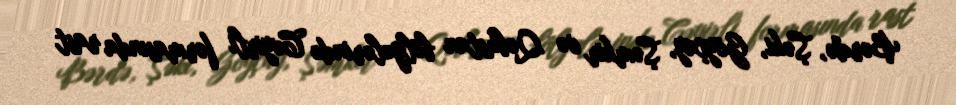
Bərdə, Şəki, Göyçay, Şəmkir və Qobustan bölgələrində Cəyirli formasında rast